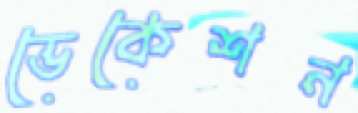
ভেকেশন